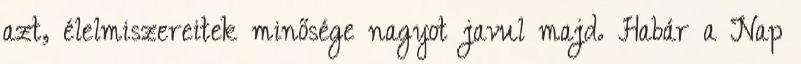
azt, élelmiszereitek minősége nagyot javul majd. Habár a Nap